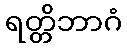
ရတ္တိဘာဂံ